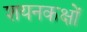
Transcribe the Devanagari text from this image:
शयनकक्षों